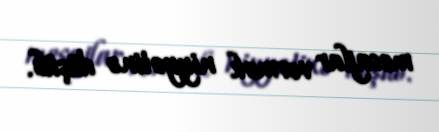
mesajlar vermək niyyətinə düşüb.